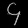
Digit: ၄